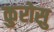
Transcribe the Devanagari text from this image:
कुरोसु